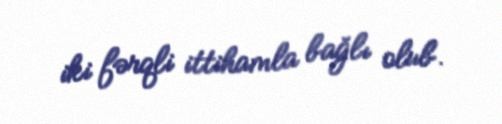
iki fərqli ittihamla bağlı olub.